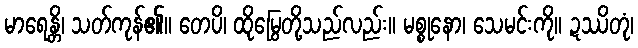
မာရေန္တိ၊ သတ်ကုန်၏။ တေပိ၊ ထိုမြွေတို့သည်လည်း။ မစ္စုနော၊ သေမင်းကို။ ဍဿိတုံ၊